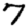
Digit: 7